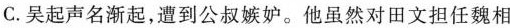
C．吴起声名渐起，遭到公叔嫉妒。他虽然对田文担任魏相